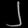
Digit: ၂